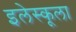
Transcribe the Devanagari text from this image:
इलेस्कूला